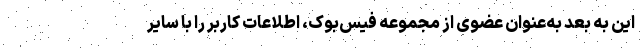
این به بعد به‌عنوان عضوی از مجموعه فیس‌بوک، اطلاعات کاربر را با سایر